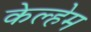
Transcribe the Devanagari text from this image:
केल्हेम